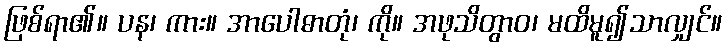
ဖြစ်ရာ၏။ ပန၊ ကား။ အာပေါဓာတုံ၊ ကို။ အဖုသိတွာဝ၊ မထိမူ၍သာလျှင်။